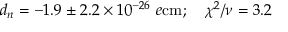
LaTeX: d _ { n } = - 1 . 9 \pm 2 . 2 \times 1 0 ^ { - 2 6 } \ e \mathrm { c m } ; \ \ \ \chi ^ { 2 } / \nu = 3 . 2